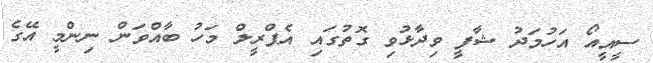
ސީއީއޯ އަހުމަދު ޝާފީ ވިދާޅުވި ގޮތުގައި އެޕްރީލް މަހު ބާއްވަން ނިންމީ އޭގެ